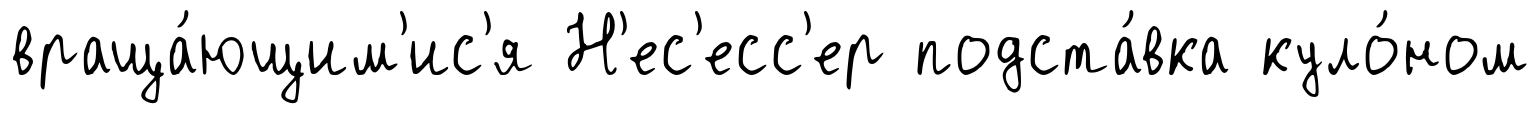
враща́ющим'ис'я Н'ес'есс'ер подста́вка куло́ном